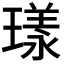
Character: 𭹴